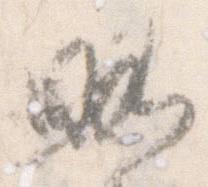
略